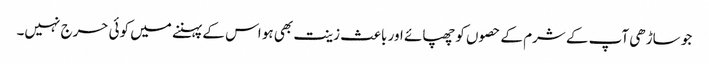
جو ساڑھی آپ کے شرم کے حصوں کو چھپائے اور باعث زینت بھی ہو اس کے پہننے میں کوئی حرج نہیں۔